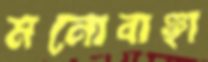
মনোবাঞ্ছা